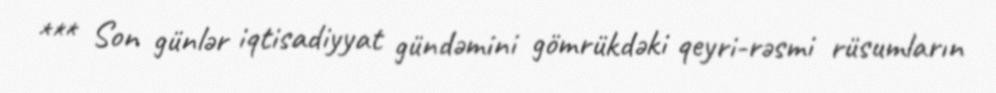
*** Son günlər iqtisadiyyat gündəmini gömrükdəki qeyri-rəsmi rüsumların